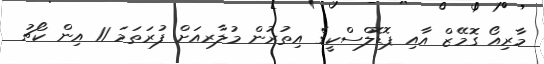
މާރިއޯ ގޮމޭޒް އާއި ޕޮޑޮލްސްކީގެ އިތުރުން މުލާރއަށް ފުރަތަމަ 11 އިން ކޯޗު